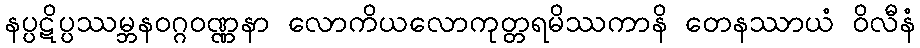
နပ္ပဋိပ္ပဿမ္ဘနဝဂ္ဂဝဏ္ဏနာ လောကိယလောကုတ္တရမိဿကာနိ တေနဿာယံ ဝိလီနံ